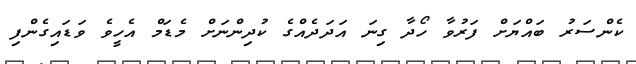
ކެންސަރު ބައްޔަށް ފަރުވާ ހޯދާ ގިނަ އަދަދެއްގެ ކުދިންނަށް މެޑަމް އެހީވެ ވަޑައިގެންފި